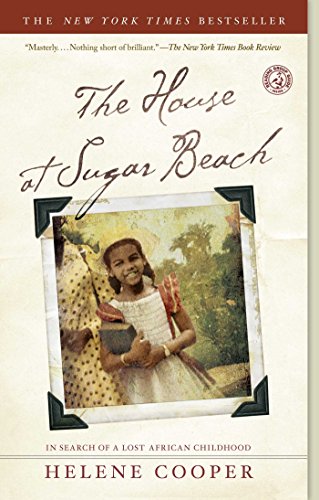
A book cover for The House at Sugar Beach: In Search of a Lost African Childhood; Helene Cooper; Biographies & Memoirs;